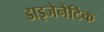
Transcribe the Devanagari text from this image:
डाइजेनेटिक